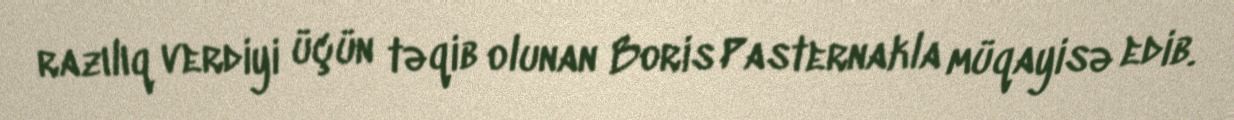
razılıq verdiyi üçün təqib olunan Boris Pasternakla müqayisə edib.